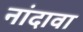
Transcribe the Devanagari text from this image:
नांदावा